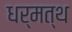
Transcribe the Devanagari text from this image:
धर्मत्थ